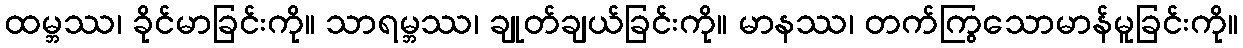
ထမ္ဘဿ၊ ခိုင်မာခြင်းကို။ သာရမ္ဘဿ၊ ချုတ်ချယ်ခြင်းကို။ မာနဿ၊ တက်ကြွသောမာန်မူခြင်းကို။